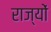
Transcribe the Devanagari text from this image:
राज्योंं